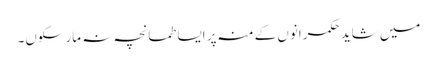
میں شاید حکمرانوں کے منہ پر ایسا طمانچہ نہ مارسکوں۔